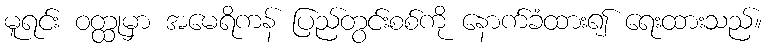
မူရင်း ဝတ္ထုမှာ အမေရိကန် ပြည်တွင်းစစ်ကို နောက်ခံထား၍ ရေးထားသည်။